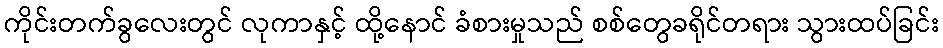
ကိုင်းတက်ခွလေးတွင် လုကာနှင့် ထို့နောင် ခံစားမှုသည် စစ်တွေခရိုင်တရား သွားထပ်ခြင်း